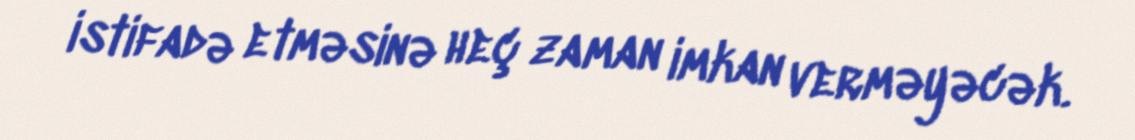
istifadə etməsinə heç zaman imkan verməyəcək.